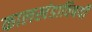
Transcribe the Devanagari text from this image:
कालखंडाविषयी